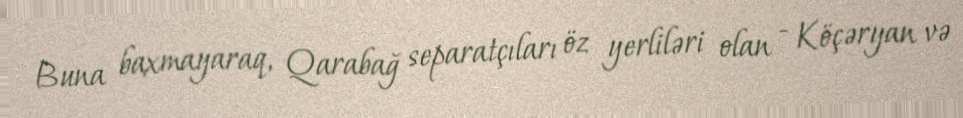
Buna baxmayaraq, Qarabağ separatçıları öz yerliləri olan - Köçəryan və